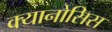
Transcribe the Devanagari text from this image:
क्यानोसिस